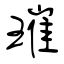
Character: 璀